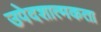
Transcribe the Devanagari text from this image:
उपेदशात्मकता